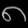
Digit: ၈